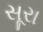
સૂરા